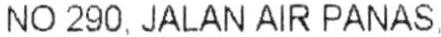
NO 290, JALAN AIR PANAS,